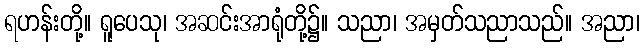
ရဟန်းတို့။ ရူပေသု၊ အဆင်းအာရုံတို့၌။ သညာ၊ အမှတ်သညာသည်။ အညာ၊